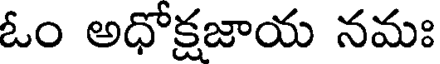
ఓం అధోక్షజాయ నమః